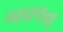
બાવળના